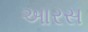
આરસ